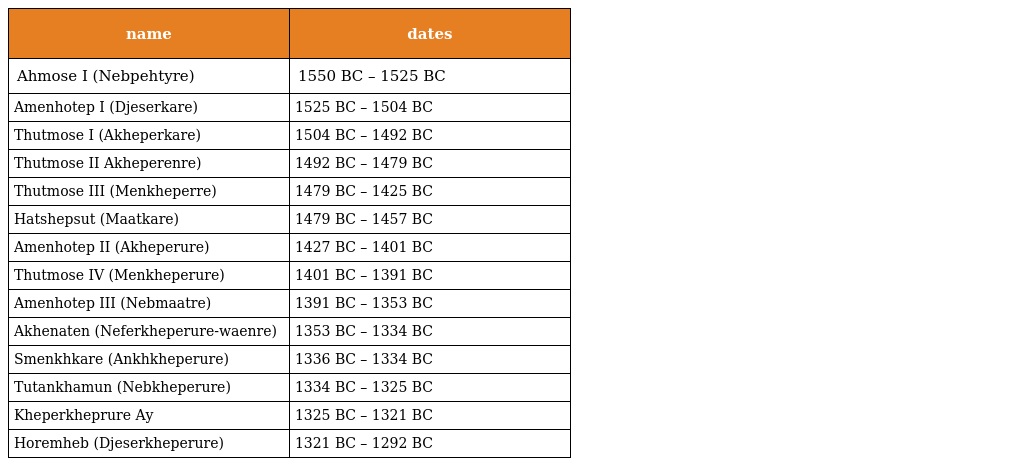
| name | dates |
 | --- | --- |
 | Ahmose I (Nebpehtyre) | 1550 BC – 1525 BC |
 | Amenhotep I (Djeserkare) | 1525 BC – 1504 BC |
 | Thutmose I (Akheperkare) | 1504 BC – 1492 BC |
 | Thutmose II Akheperenre) | 1492 BC – 1479 BC |
 | Thutmose III (Menkheperre) | 1479 BC – 1425 BC |
 | Hatshepsut (Maatkare) | 1479 BC – 1457 BC |
 | Amenhotep II (Akheperure) | 1427 BC – 1401 BC |
 | Thutmose IV (Menkheperure) | 1401 BC – 1391 BC |
 | Amenhotep III (Nebmaatre) | 1391 BC – 1353 BC |
 | Akhenaten (Neferkheperure-waenre) | 1353 BC – 1334 BC |
 | Smenkhkare (Ankhkheperure) | 1336 BC – 1334 BC |
 | Tutankhamun (Nebkheperure) | 1334 BC – 1325 BC |
 | Kheperkheprure Ay | 1325 BC – 1321 BC |
 | Horemheb (Djeserkheperure) | 1321 BC – 1292 BC |